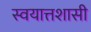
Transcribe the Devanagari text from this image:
स्वयात्तशासी